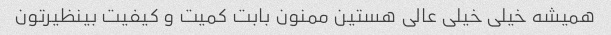
همیشه خیلی خیلی عالی هستین ممنون بابت کمیت و کیفیت بینظیرتون